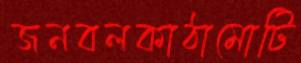
জনবলকাঠামোটি